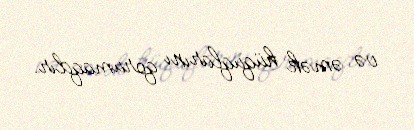
və əmək hüquqlarını qorumaqdır.